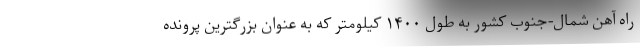
راه آهن شمال-جنوب کشور به طول ۱۴۰۰ کیلومتر که به عنوان بزرگترین پرونده